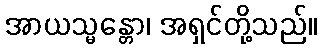
အာယသ္မန္တော၊ အရှင်တို့သည်။